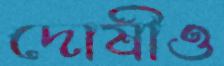
দোষীও